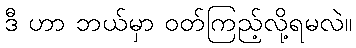
ဒီ ဟာ ဘယ်မှာ ဝတ်ကြည့်လို့ရမလဲ။